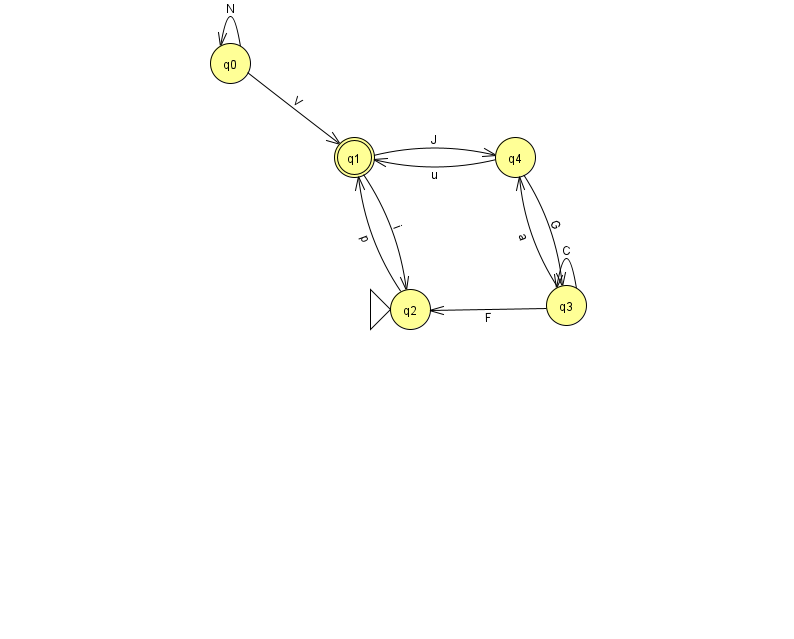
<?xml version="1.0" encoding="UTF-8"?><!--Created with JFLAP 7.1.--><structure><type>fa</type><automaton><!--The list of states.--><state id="0" name="q0"><x>230.0</x><y>50.0</y></state><state id="1" name="q1"><x>354.0</x><y>144.0</y><final/></state><state id="2" name="q2"><x>410.0</x><y>296.0</y><initial/></state><state id="3" name="q3"><x>566.0</x><y>292.0</y></state><state id="4" name="q4"><x>515.0</x><y>144.0</y></state><!--The list of transitions.--><transition><from>0</from><to>1</to><read>V</read></transition><transition><from>3</from><to>4</to><read>a</read></transition><transition><from>3</from><to>3</to><read>C</read></transition><transition><from>4</from><to>3</to><read>G</read></transition><transition><from>1</from><to>2</to><read>i</read></transition><transition><from>3</from><to>2</to><read>F</read></transition><transition><from>1</from><to>4</to><read>J</read></transition><transition><from>4</from><to>1</to><read>u</read></transition><transition><from>2</from><to>1</to><read>p</read></transition><transition><from>0</from><to>0</to><read>N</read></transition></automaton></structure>